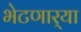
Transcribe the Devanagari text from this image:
भेटणार्‍या